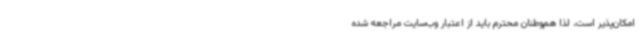
امکان‌پذیر است، لذا هم‌وطنان محترم باید از اعتبار وب‌سایت مراجعه شده